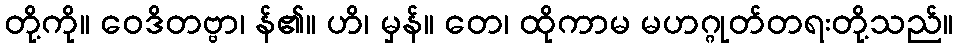
တို့ကို။ ဝေဒိတဗ္ဗာ၊ န်၏။ ဟိ၊ မှန်။ တေ၊ ထိုကာမ မဟဂ္ဂုတ်တရးတို့သည်။